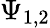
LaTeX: \Psi_{1,2}